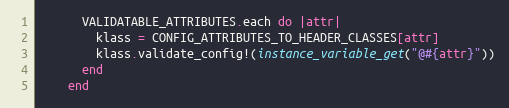
Language: Ruby
      VALIDATABLE_ATTRIBUTES.each do |attr|
        klass = CONFIG_ATTRIBUTES_TO_HEADER_CLASSES[attr]
        klass.validate_config!(instance_variable_get("@#{attr}"))
      end
    end